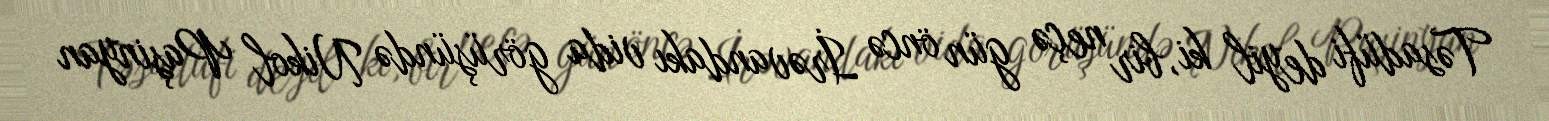
Təsadüfi deyil ki, bir neçə gün öncə İrəvandakı vida görüşündə Nikol Paşinyan